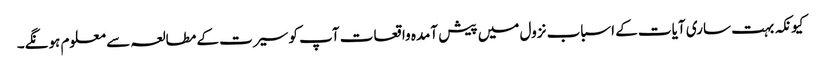
کیونکہ بہت ساری آیات کے اسباب نزول میں پیش آمدہ واقعات آپ کو سیرت کے مطالعہ سے معلوم ہونگے۔